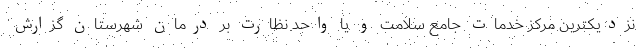
نزدیکترین مرکز خدمات جامع سلامت و یا واحد نظارت بر درمان شهرستان گزارش